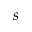
s